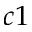
c 1